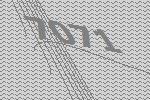
7071